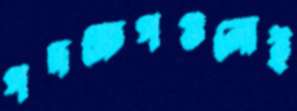
পদক্ষেপগুলোই